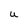
Character: U